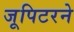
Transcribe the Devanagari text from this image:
जूपिटरने